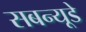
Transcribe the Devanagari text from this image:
सबन्यूडे